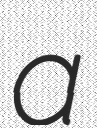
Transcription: a